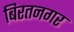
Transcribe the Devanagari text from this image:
बिरतनगर